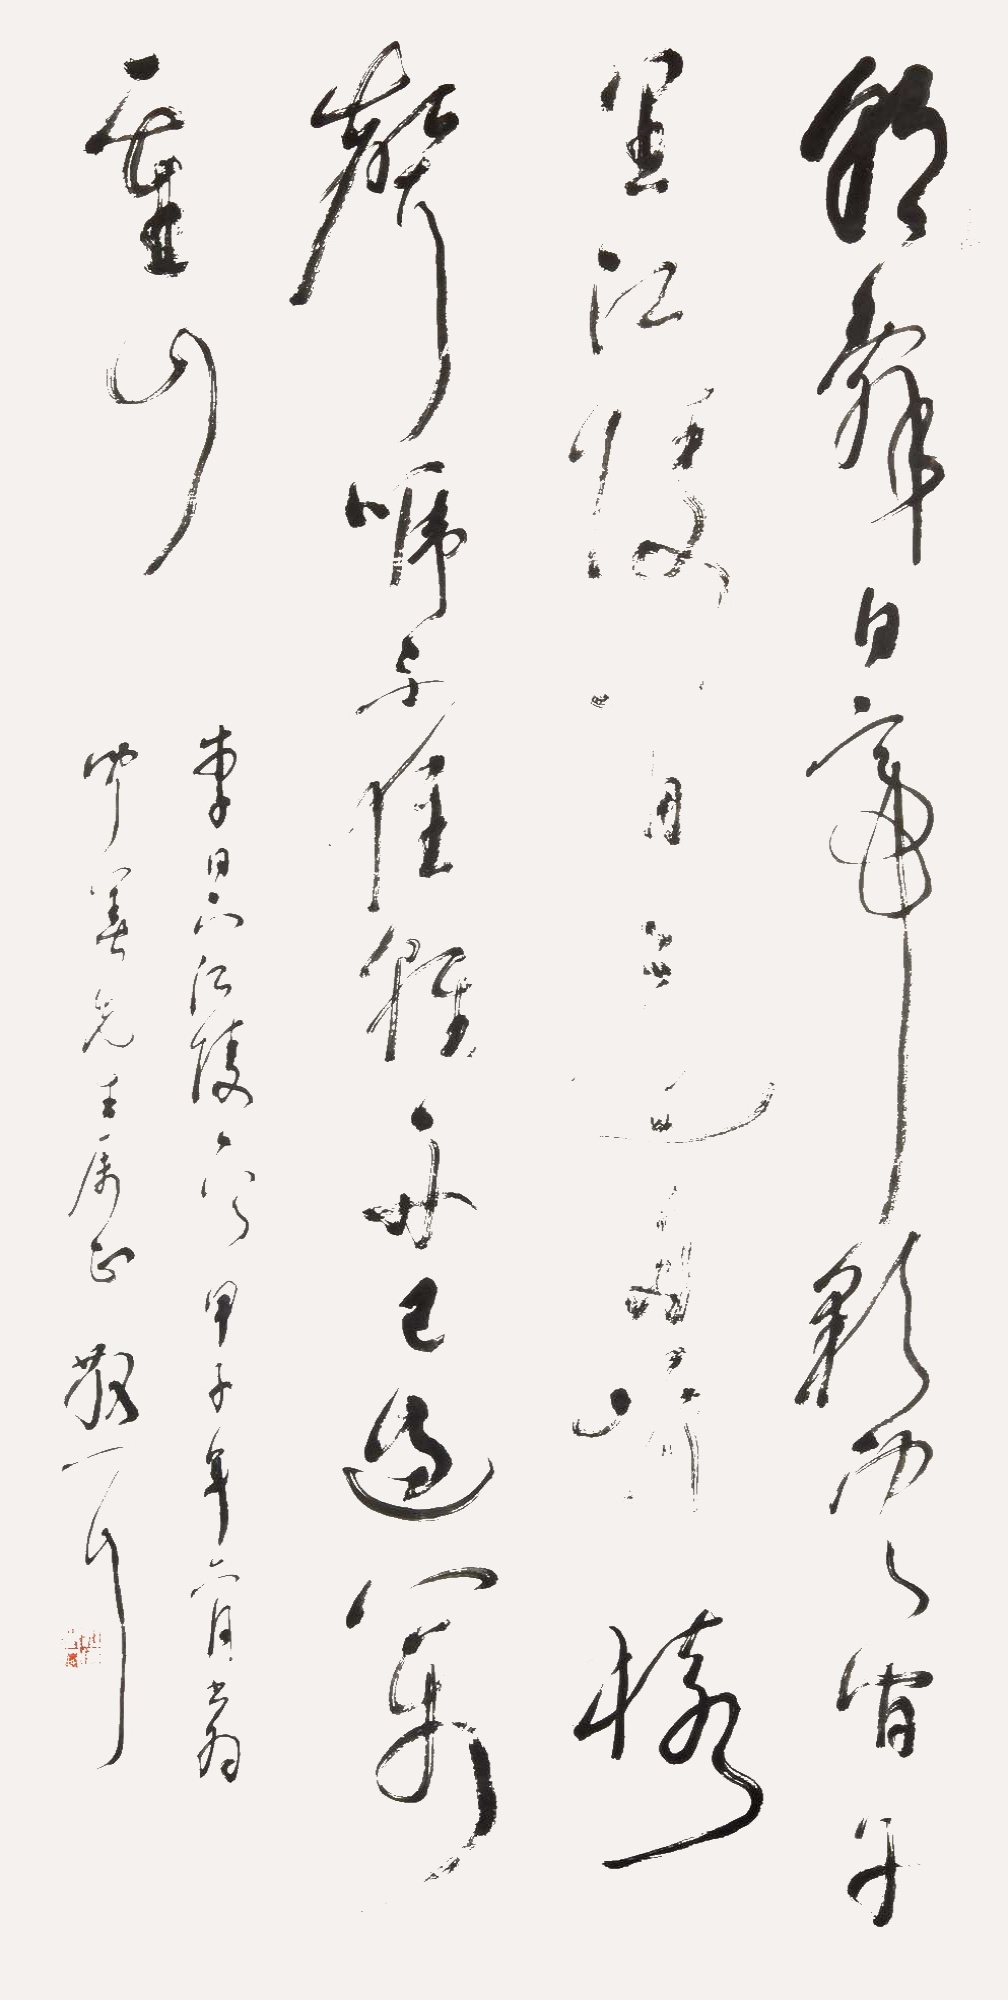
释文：朝辞白帝彩云间，千里江陵一日还。两岸猿声啼不住，轻舟已过万重山。甲子年二月，闻善先生属正，散之。